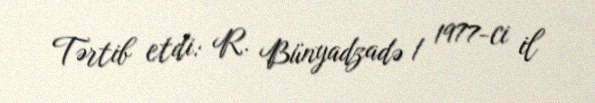
Tərtib etdi: R. Bünyadzadə / 1977-ci il